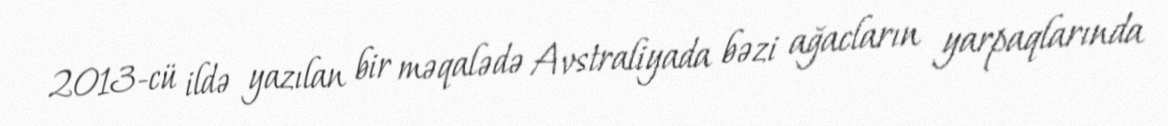
2013-cü ildə yazılan bir məqalədə Avstraliyada bəzi ağacların yarpaqlarında